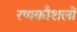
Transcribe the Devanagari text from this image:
रणकौशलों